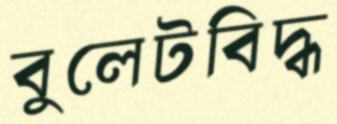
বুলেটবিদ্ধ